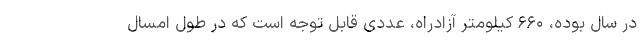
در سال بوده، ۶۶۰ کیلومتر آزادراه، عددی قابل توجه است که در طول امسال